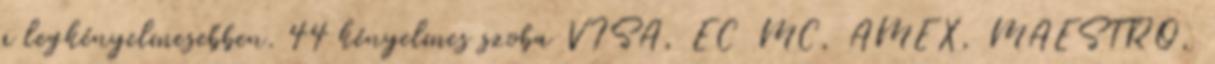
a legkényelmesebben. 44 kényelmes szoba VISA, EC MC, AMEX, MAESTRO,